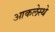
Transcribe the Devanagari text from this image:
आकलेस्थे